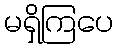
မရှိကြပေ